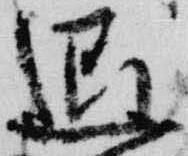
退